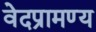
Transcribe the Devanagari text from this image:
वेदप्रामण्य